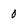
Character: 0